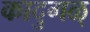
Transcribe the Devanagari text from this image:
कादुगळ्